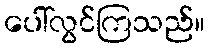
ပေါ်လွင်ကြသည်။